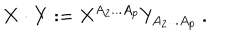
{ \bf X } \cdot { \bf Y } : = X ^ { A _ { 2 } . . . A _ { p } } Y _ { A _ { 2 } . . . A _ { p } } \ .